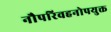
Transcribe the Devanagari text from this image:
नौपरिवहनोपयुक्त